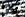
ودع